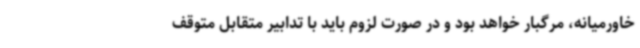
خاورمیانه، مرگبار خواهد بود و در صورت لزوم باید با تدابیر متقابل متوقف